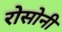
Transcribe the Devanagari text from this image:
रोसोनी